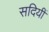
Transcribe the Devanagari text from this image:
सदियीं